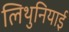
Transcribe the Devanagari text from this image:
लिथुनियाई